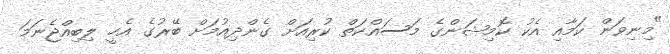
"މިނިވަން ކަމާއި އެކު ކޮމިޝަންގެ މަސައްކަތް ކުރިއަށް ގެންދިއުމަށް ބޭރުގެ އެހީ ލިބިއްޖެނަމަ